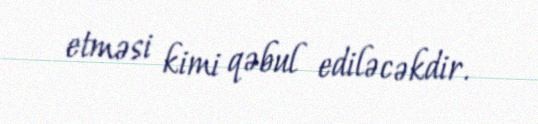
etməsi kimi qəbul ediləcəkdir.